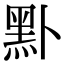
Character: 𪐙